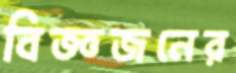
বিজ্ঞজনের